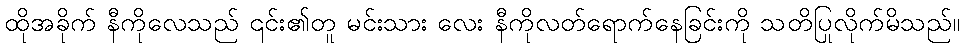
ထိုအခိုက် နီကိုလေသည် ၎င်း၏တူ မင်းသား လေး နီကိုလတ်ရောက်နေခြင်းကို သတိပြုလိုက်မိသည်။